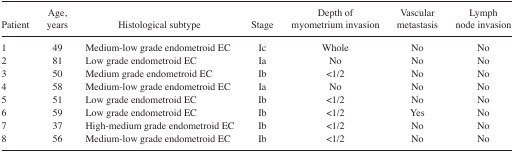
<table><thead><tr><td><b>Patient</b></td><td><b>Age, years</b></td><td><b>Histological subtype</b></td><td><b>Stage</b></td><td><b>Depth of myometrium invasion</b></td><td><b>Vascular metastasis</b></td><td><b>Lymph node invasion</b></td></tr></thead><tbody><tr><td>1</td><td>49</td><td>Medium-low grade endometroid EC</td><td>Ic</td><td>Whole</td><td>No</td><td>No</td></tr><tr><td>2</td><td>81</td><td>Low grade endometroid EC</td><td>Ia</td><td>No</td><td>No</td><td>No</td></tr><tr><td>3</td><td>50</td><td>Medium grade endometroid EC</td><td>Ib</td><td>&lt;1/2</td><td>No</td><td>No</td></tr><tr><td>4</td><td>58</td><td>Medium-low grade endometroid EC</td><td>Ia</td><td>No</td><td>No</td><td>No</td></tr><tr><td>5</td><td>51</td><td>Low grade endometroid EC</td><td>Ib</td><td>&lt;1/2</td><td>No</td><td>No</td></tr><tr><td>6</td><td>59</td><td>Low grade endometroid EC</td><td>Ib</td><td>&lt;1/2</td><td>Yes</td><td>No</td></tr><tr><td>7</td><td>37</td><td>High-medium grade endometroid EC</td><td>Ib</td><td>&lt;1/2</td><td>No</td><td>No</td></tr><tr><td>8</td><td>56</td><td>Medium-low grade endometroid EC</td><td>Ib</td><td>&lt;1/2</td><td>No</td><td>No</td></tr></tbody></table>